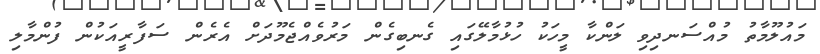
މައުލޫމާތު މުއްސަނދިވި ލަންކާ މީހަކު ހުޅުމާލޭގައި ގެނބިގެން މަރުވެއްޖެމޫދަށް އެރެން ސަފާރީއަކުން ފުންމާލި